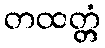
တထတ္တံ